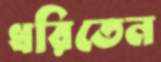
ধরিতেন